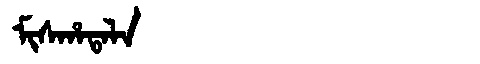
Manchu: ᠮᡳᠰᡥᠠᡨᠠᠯᠠ
Romanization: MISHATALA